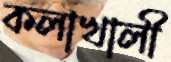
কলাখালী